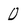
Character: 0